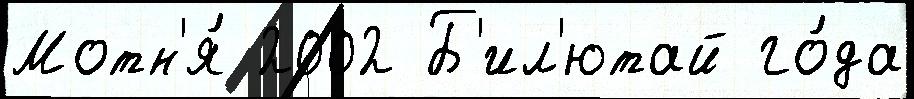
Мотн'я́ 2002 Б'ил'ютай го́да